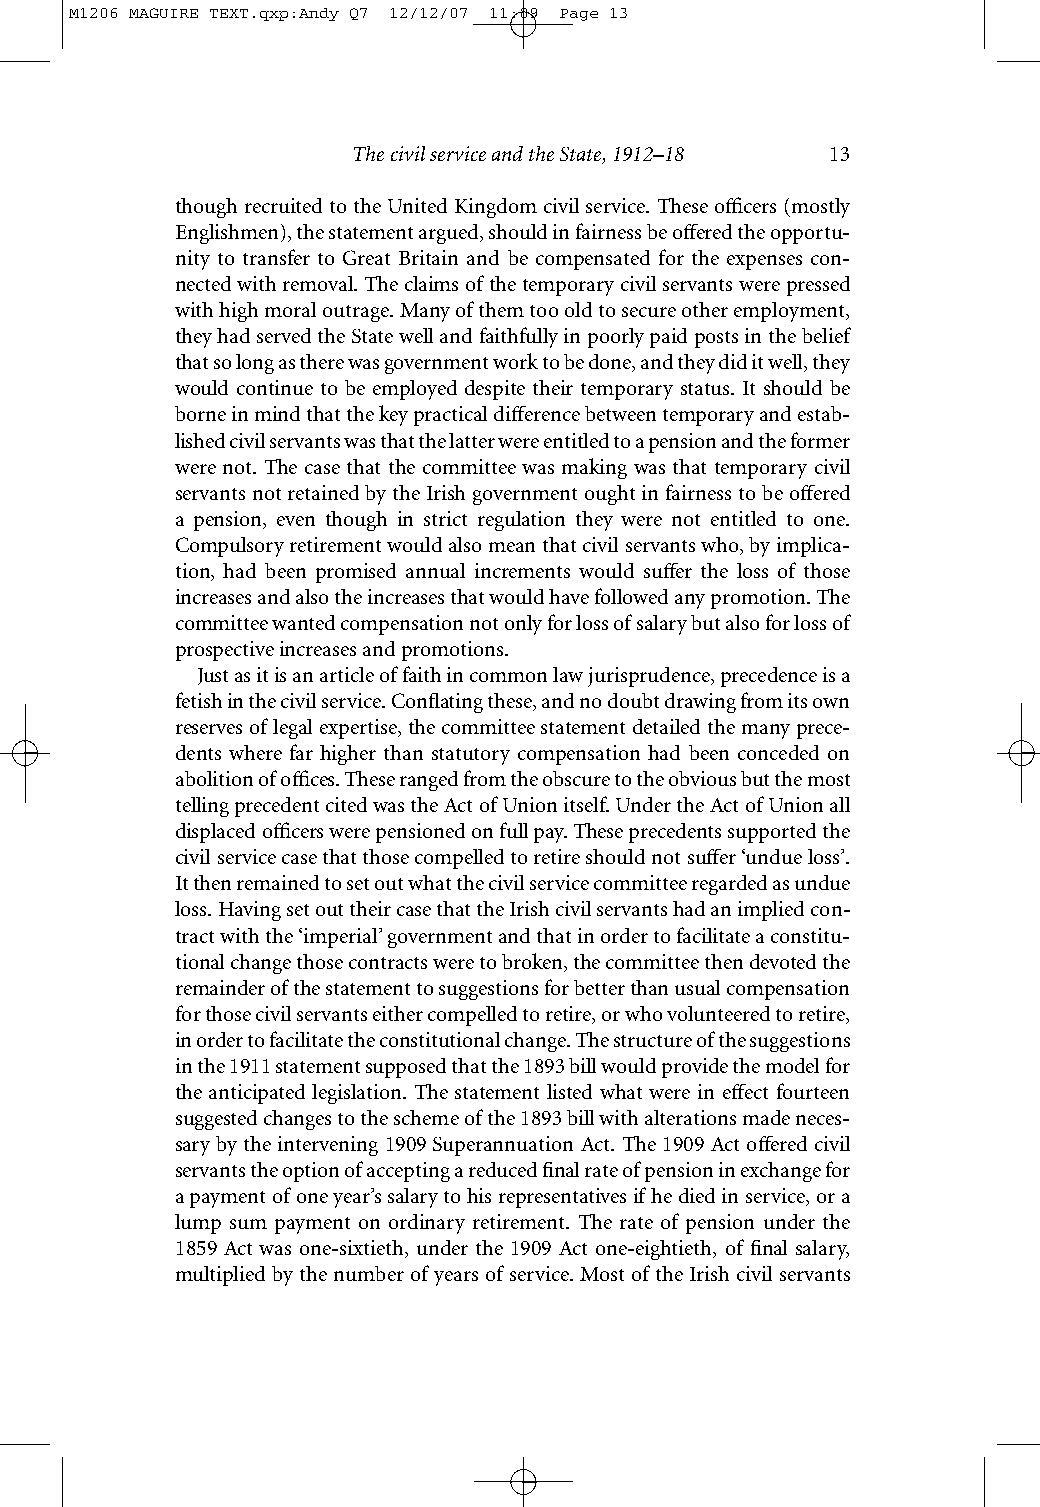
M1206 MAGUIRE TEXT.qxp:Andy Q7 12/12/07 11:09 Page 13
 The civil service and the State, 1912–18 13
 though recruited to the United Kingdom civil service. These officers (mostly
 Englishmen), the statement argued, should in fairness be offered the opportu-
 nity to transfer to Great Britain and be compensated for the expenses con-
 nected with removal. The claims of the temporary civil servants were pressed
 with high moral outrage. Many of them too old to secure other employment,
 they had served the State well and faithfully in poorly paid posts in the belief
 that so long as there was government work to be done, and they did it well, they
 would continue to be employed despite their temporary status. It should be
 borne in mind that the key practical difference between temporary and estab-
 lished civil servants was that the latter were entitled to a pension and the former
 were not. The case that the committee was making was that temporary civil
 servants not retained by the Irish government ought in fairness to be offered
 a pension, even though in strict regulation they were not entitled to one.
 Compulsory retirement would also mean that civil servants who, by implica-
 tion, had been promised annual increments would suffer the loss of those
 increases and also the increases that would have followed any promotion. The
 committee wanted compensation not only for loss of salary but also for loss of
 prospective increases and promotions.
 Just as it is an article of faith in common law jurisprudence, precedence is a
 fetish in the civil service. Conflating these, and no doubt drawing from its own
 reserves of legal expertise, the committee statement detailed the many prece-
 dents where far higher than statutory compensation had been conceded on
 abolition of offices. These ranged from the obscure to the obvious but the most
 telling precedent cited was the Act of Union itself. Under the Act of Union all
 displaced officers were pensioned on full pay. These precedents supported the
 civil service case that those compelled to retire should not suffer ‘undue loss’.
 It then remained to set out what the civil service committee regarded as undue
 loss. Having set out their case that the Irish civil servants had an implied con-
 tract with the ‘imperial’ government and that in order to facilitate a constitu-
 tional change those contracts were to broken, the committee then devoted the
 remainder of the statement to suggestions for better than usual compensation
 for those civil servants either compelled to retire, or who volunteered to retire,
 in order to facilitate the constitutional change. The structure of the suggestions
 in the 1911 statement supposed that the 1893 bill would provide the model for
 the anticipated legislation. The statement listed what were in effect fourteen
 suggested changes to the scheme of the 1893 bill with alterations made neces-
 sary by the intervening 1909 Superannuation Act. The 1909 Act offered civil
 servants the option of accepting a reduced final rate of pension in exchange for
 a payment of one year’s salary to his representatives if he died in service, or a
 lump sum payment on ordinary retirement. The rate of pension under the
 1859 Act was one-sixtieth, under the 1909 Act one-eightieth, of final salary,
 multiplied by the number of years of service. Most of the Irish civil servants